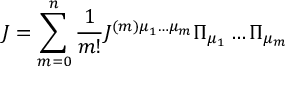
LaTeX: { \cal J } = \sum _ { m = 0 } ^ { n } \frac { 1 } { m ! } { \cal J } ^ { ( m ) \mu _ { 1 } \dots \mu _ { m } } \Pi _ { \mu _ { 1 } } \dots \Pi _ { \mu _ { m } }